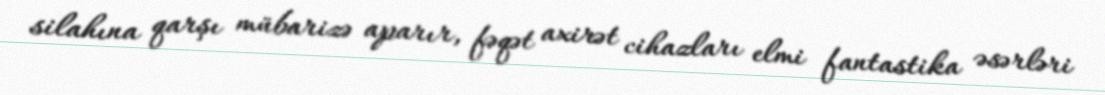
silahına qarşı mübarizə aparır, fəqət axirət cihazları elmi fantastika əsərləri